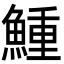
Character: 䱰